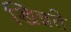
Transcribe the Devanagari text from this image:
खिन्नते